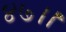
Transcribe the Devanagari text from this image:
४७।।